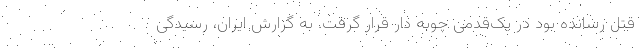
قتل رسانده بود در یک‌قدمی چوبه دار قرار گرفت. به گزارش ایران، رسیدگی